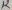
Text: 12